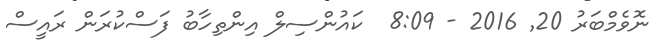
ނޮވެމްބަރު 20